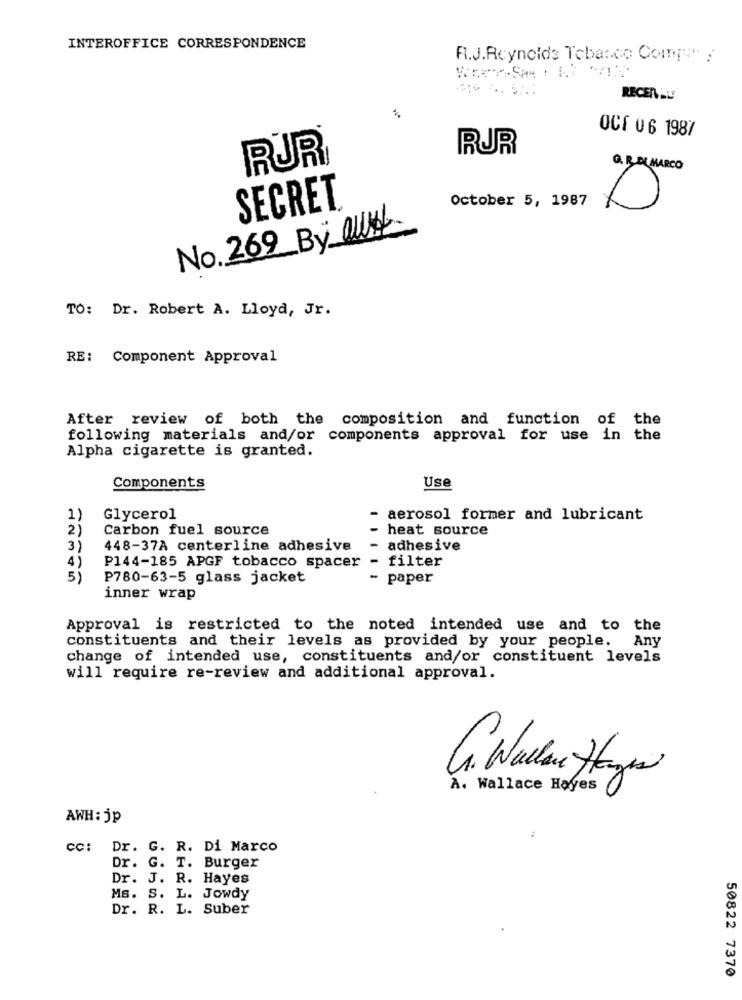
INTEROFFICE CORRESPONDENCE
R.J.Reynolds Tebarco Compte :
RECEN AU
OCE 06 1987
RUR
RUR®
Q. R.EL MARCO
October 5, 1987
SECRET
No. 269_By_OWN.
TO: Dr. Robert A. Lloyd, Jr.
RE :
Component Approval
After review of both the composition and function of the
following materials and/or components approval for use in the
Alpha cigarette is granted.
Components
Use
1)
Glycerol
- aerosol former and lubricant
2)
Carbon fuel source
heat source
3)
448-37A centerline adhesive
adhesive
- filter
4)
P144-185 APGF tobacco spacer
5
P780-63-5 glass jacket
- paper
inner wrap
Approval is restricted to the noted intended use and to the
constituents and their levels as provided by your people.
Any
change of intended use, constituents and/or constituent levels
will require re-review and additional approval.
A. Wallace Hayes
AWH: jp
cc: Dr. G. R. Di Marco
Dr. G. T. Burger
Dr. J. R. Hayes
Ms. S. L. Jowdy
Dr. R. L. Suber
50822 7370